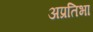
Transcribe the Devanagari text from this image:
अप्रतिभा